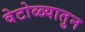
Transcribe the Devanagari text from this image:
वेटोळ्यातुन